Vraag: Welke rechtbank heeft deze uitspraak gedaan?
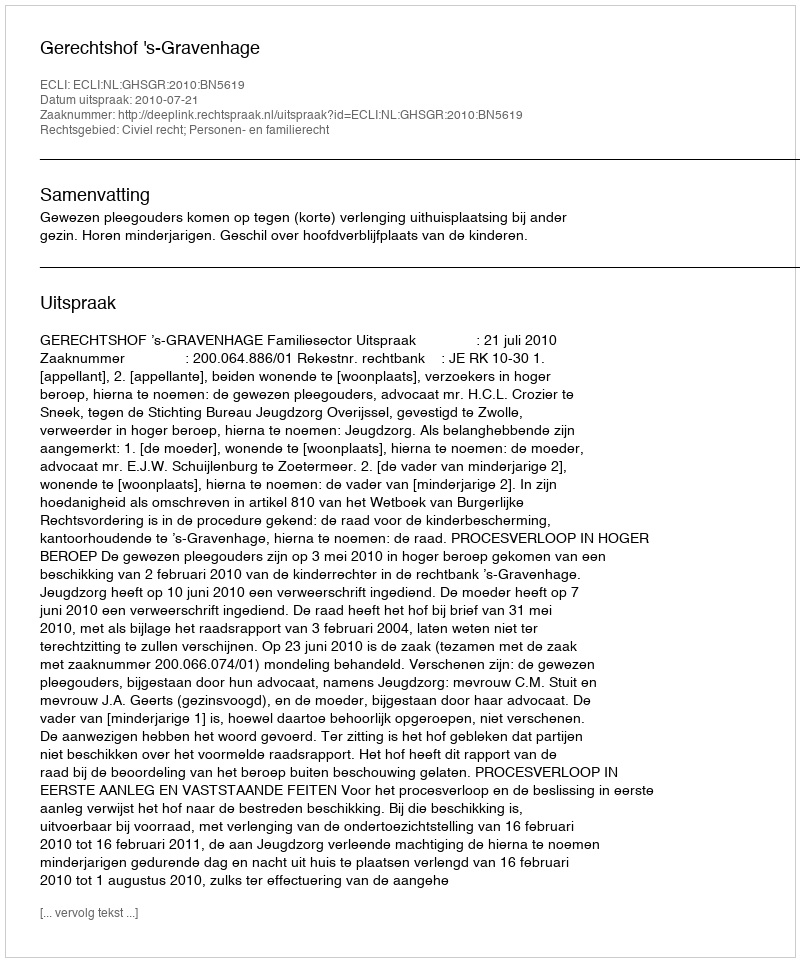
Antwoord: Gerechtshof 's-Gravenhage